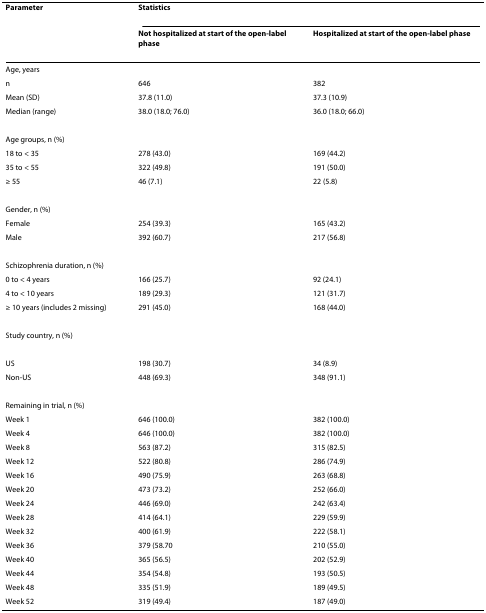
<table><thead><tr><td><b>Parameter</b></td><td colspan="2"><b>Statistics</b></td></tr><tr><td></td><td><b>Not hospitalized at start of the open-label phase</b></td><td><b>Hospitalized at start of the open-label phase</b></td></tr></thead><tbody><tr><td>Age, years</td><td></td><td></td></tr><tr><td>n</td><td>646</td><td>382</td></tr><tr><td>Mean (SD)</td><td>37.8 (11.0)</td><td>37.3 (10.9)</td></tr><tr><td>Median (range)</td><td>38.0 (18.0; 76.0)</td><td>36.0 (18.0; 66.0)</td></tr><tr><td>Age groups, n (%)</td><td></td><td></td></tr><tr><td>18 to &lt; 35</td><td>278 (43.0)</td><td>169 (44.2)</td></tr><tr><td>35 to &lt; 55</td><td>322 (49.8)</td><td>191 (50.0)</td></tr><tr><td>≥ 55</td><td>46 (7.1)</td><td>22 (5.8)</td></tr><tr><td>Gender, n (%)</td><td></td><td></td></tr><tr><td>Female</td><td>254 (39.3)</td><td>165 (43.2)</td></tr><tr><td>Male</td><td>392 (60.7)</td><td>217 (56.8)</td></tr><tr><td>Schizophrenia duration, n (%)</td><td></td><td></td></tr><tr><td>0 to &lt; 4 years</td><td>166 (25.7)</td><td>92 (24.1)</td></tr><tr><td>4 to &lt; 10 years</td><td>189 (29.3)</td><td>121 (31.7)</td></tr><tr><td>≥ 10 years (includes 2 missing)</td><td>291 (45.0)</td><td>168 (44.0)</td></tr><tr><td>Study country, n (%)</td><td></td><td></td></tr><tr><td>US</td><td>198 (30.7)</td><td>34 (8.9)</td></tr><tr><td>Non-US</td><td>448 (69.3)</td><td>348 (91.1)</td></tr><tr><td>Remaining in trial, n (%)</td><td></td><td></td></tr><tr><td>Week 1</td><td>646 (100.0)</td><td>382 (100.0)</td></tr><tr><td>Week 4</td><td>646 (100.0)</td><td>382 (100.0)</td></tr><tr><td>Week 8</td><td>563 (87.2)</td><td>315 (82.5)</td></tr><tr><td>Week 12</td><td>522 (80.8)</td><td>286 (74.9)</td></tr><tr><td>Week 16</td><td>490 (75.9)</td><td>263 (68.8)</td></tr><tr><td>Week 20</td><td>473 (73.2)</td><td>252 (66.0)</td></tr><tr><td>Week 24</td><td>446 (69.0)</td><td>242 (63.4)</td></tr><tr><td>Week 28</td><td>414 (64.1)</td><td>229 (59.9)</td></tr><tr><td>Week 32</td><td>400 (61.9)</td><td>222 (58.1)</td></tr><tr><td>Week 36</td><td>379 (58.70</td><td>210 (55.0)</td></tr><tr><td>Week 40</td><td>365 (56.5)</td><td>202 (52.9)</td></tr><tr><td>Week 44</td><td>354 (54.8)</td><td>193 (50.5)</td></tr><tr><td>Week 48</td><td>335 (51.9)</td><td>189 (49.5)</td></tr><tr><td>Week 52</td><td>319 (49.4)</td><td>187 (49.0)</td></tr></tbody></table>